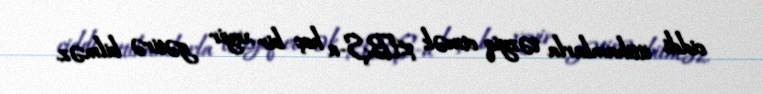
ciddi ittihamlarla təzyiq etmək ABŞ-a heç bir xeyir gətirə bilməz.